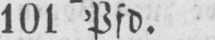
101 Pfd.